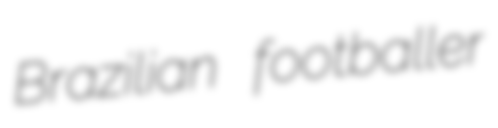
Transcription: Brazilian footballer